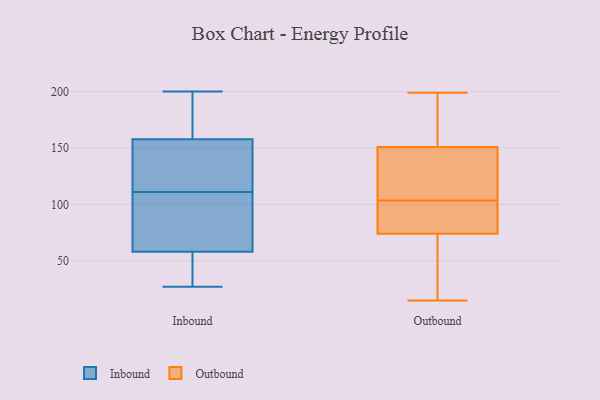
{"axis": {"x": "Shipments", "y": "Value"}, "legend": ["Inbound", "Outbound"], "data": [{"x": "", "y": 100, "type": "Inbound"}, {"x": "", "y": 59, "type": "Inbound"}, {"x": "", "y": 29, "type": "Inbound"}, {"x": "", "y": 27, "type": "Inbound"}, {"x": "", "y": 192, "type": "Inbound"}, {"x": "", "y": 103, "type": "Inbound"}, {"x": "", "y": 107, "type": "Inbound"}, {"x": "", "y": 175, "type": "Inbound"}, {"x": "", "y": 40, "type": "Inbound"}, {"x": "", "y": 179, "type": "Inbound"}, {"x": "", "y": 152, "type": "Inbound"}, {"x": "", "y": 111, "type": "Inbound"}, {"x": "", "y": 123, "type": "Inbound"}, {"x": "", "y": 151, "type": "Inbound"}, {"x": "", "y": 200, "type": "Inbound"}, {"x": "", "y": 55, "type": "Inbound"}, {"x": "", "y": 115, "type": "Inbound"}, {"x": "", "y": 79, "type": "Outbound"}, {"x": "", "y": 161, "type": "Outbound"}, {"x": "", "y": 99, "type": "Outbound"}, {"x": "", "y": 106, "type": "Outbound"}, {"x": "", "y": 88, "type": "Outbound"}, {"x": "", "y": 99, "type": "Outbound"}, {"x": "", "y": 45, "type": "Outbound"}, {"x": "", "y": 69, "type": "Outbound"}, {"x": "", "y": 164, "type": "Outbound"}, {"x": "", "y": 147, "type": "Outbound"}, {"x": "", "y": 46, "type": "Outbound"}, {"x": "", "y": 15, "type": "Outbound"}, {"x": "", "y": 191, "type": "Outbound"}, {"x": "", "y": 116, "type": "Outbound"}, {"x": "", "y": 146, "type": "Outbound"}, {"x": "", "y": 152, "type": "Outbound"}, {"x": "", "y": 199, "type": "Outbound"}, {"x": "", "y": 61, "type": "Outbound"}, {"x": "", "y": 150, "type": "Outbound"}, {"x": "", "y": 101, "type": "Outbound"}]}